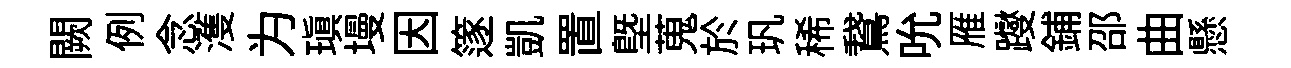
闕例念濩为瑱墁因篴凱置塈蒐於㺬稀鵞吮雁躞鋪邵曲懸